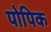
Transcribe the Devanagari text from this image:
पोपिक